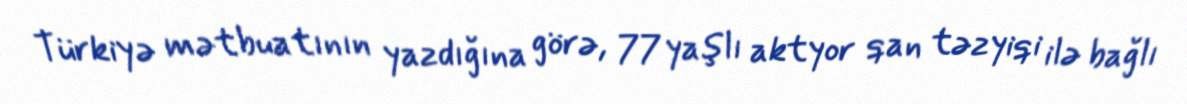
Türkiyə mətbuatının yazdığına görə, 77 yaşlı aktyor qan təzyiqi ilə bağlı